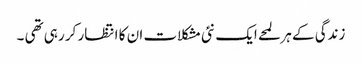
زندگی کے ہر لمحے ایک نئی مشکلات ان کا انتظار کر رہی تھی ۔